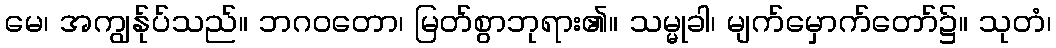
မေ၊ အကျွန်ုပ်သည်။ ဘဂဝတော၊ မြတ်စွာဘုရား၏။ သမ္မုခါ၊ မျက်မှောက်တော်၌။ သုတံ၊